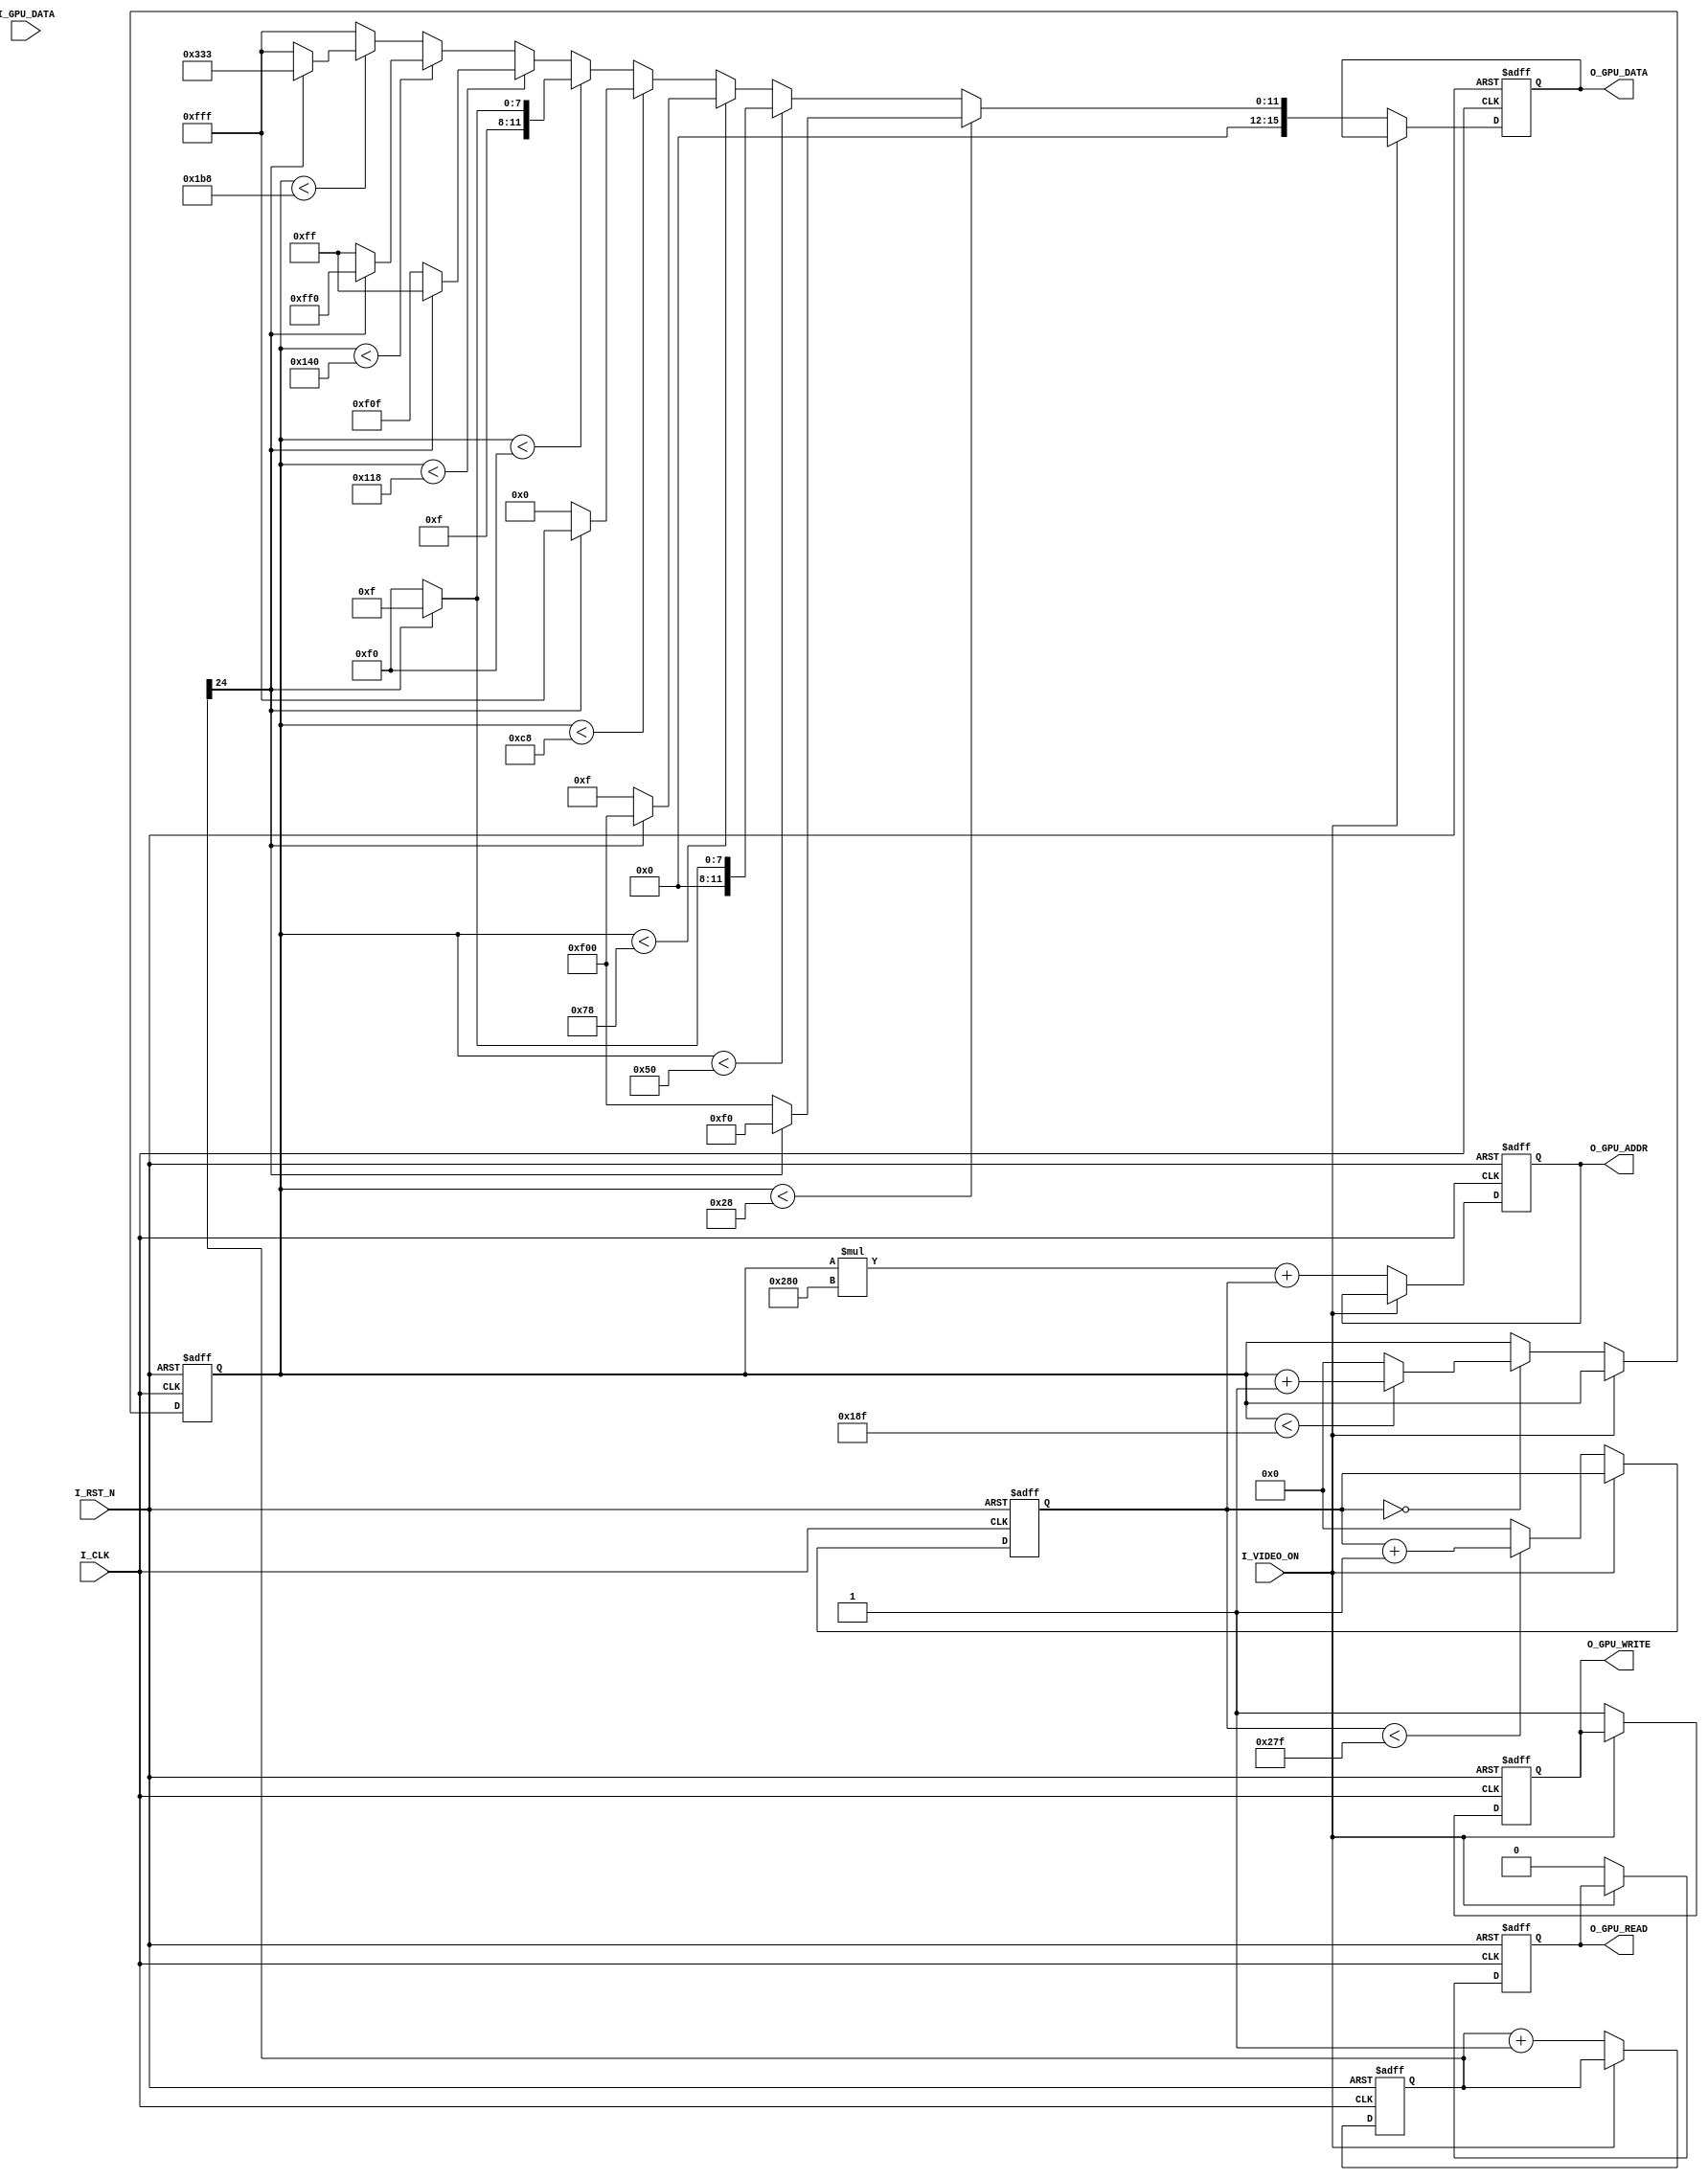
module Gpu (
  I_CLK, 
  I_RST_N,
  I_VIDEO_ON, 
  // GPU-SRAM interface
  I_GPU_DATA, 
  O_GPU_DATA,
  O_GPU_ADDR,
  O_GPU_READ,
  O_GPU_WRITE
);

input	I_CLK;
input I_RST_N;
input	I_VIDEO_ON;

// GPU-SRAM interface
input       [15:0] I_GPU_DATA;
output reg  [15:0] O_GPU_DATA;
output reg  [17:0] O_GPU_ADDR;
output reg         O_GPU_WRITE;
output reg         O_GPU_READ;

/////////////////////////////////////////
// Example code goes here 
//
// ## Note
// It is highly recommended to play with this example code first so that you
// could get familiarized with a set of output ports. By doing so, you would
// get the hang of dealing with vector (graphics) objects in pixel frame.
/////////////////////////////////////////
//
reg [24:0] count;
reg [9:0]  rowInd;
reg [9:0]  colInd;

always @(posedge I_CLK or negedge I_RST_N)
begin
	if (!I_RST_N) begin
		O_GPU_ADDR <= 16'h0000;
		O_GPU_WRITE <= 1'b1;
		O_GPU_READ <= 1'b0;
		O_GPU_DATA <= {4'h0, 4'hF, 4'h0, 4'h0};
		count <= 0;
	end else begin
		if (!I_VIDEO_ON) begin
			count <= count + 1;
			O_GPU_ADDR <= rowInd*640 + colInd;
			O_GPU_WRITE <= 1'b1;
			O_GPU_READ <= 1'b0;
			
      if (rowInd < 40) begin
        if (count[24] == 0) begin
          O_GPU_DATA <= {4'h0, 4'hf, 4'h0, 4'h0};
        end else begin
          O_GPU_DATA <= {4'h0, 4'h0, 4'hf, 4'h0};
        end
      end else if (rowInd < 80) begin
        if (count[24] == 0) begin
          O_GPU_DATA <= {4'h0, 4'h0, 4'hf, 4'h0};
        end else begin
          O_GPU_DATA <= {4'h0, 4'h0, 4'h0, 4'hf};
        end
      end else if (rowInd < 120) begin
        if (count[24] == 0) begin
          O_GPU_DATA <= {4'h0, 4'h0, 4'h0, 4'hf};
        end else begin
          O_GPU_DATA <= {4'h0, 4'hf, 4'h0, 4'h0};
        end
      end else if (rowInd < 200) begin
        if (count[24] == 0) begin
          O_GPU_DATA <= {4'h0, 4'h0, 4'h0, 4'h0};
        end else begin
          O_GPU_DATA <= {4'h0, 4'hf, 4'hf, 4'hf};
        end
      end else if (rowInd < 240) begin
        if (count[24] == 0) begin
          O_GPU_DATA <= {4'h0, 4'hf, 4'hf, 4'h0};
        end else begin
          O_GPU_DATA <= {4'h0, 4'hf, 4'h0, 4'hf};
        end
      end else if (rowInd < 280) begin
        if (count[24] == 0) begin
          O_GPU_DATA <= {4'h0, 4'hf, 4'h0, 4'hf};
        end else begin
          O_GPU_DATA <= {4'h0, 4'h0, 4'hf, 4'hf};
        end
      end else if (rowInd < 320) begin
        if (count[24] == 0) begin
          O_GPU_DATA <= {4'h0, 4'h0, 4'hf, 4'hf};
        end else begin
          O_GPU_DATA <= {4'h0, 4'hf, 4'hf, 4'h0};
        end
      end else if (rowInd < 440) begin
        if (count[24] == 0) begin
          O_GPU_DATA <= {4'h0, 4'hf, 4'hf, 4'hf};
        end else begin
          O_GPU_DATA <= {4'h0, 4'h3, 4'h3, 4'h3};
        end
      end else begin
        O_GPU_DATA <= {4'h0, 4'hf, 4'hf, 4'hf};
      end
		end
	end
end

always @(posedge I_CLK or negedge I_RST_N)
begin
  if (!I_RST_N) begin
    colInd <= 0;
  end else begin
    if (!I_VIDEO_ON) begin
      if (colInd < 639)
        colInd <= colInd + 1;
      else
        colInd <= 0;
    end
  end
end

always @(posedge I_CLK or negedge I_RST_N)
begin
  if (!I_RST_N) begin
    rowInd <= 0;
  end else begin
    if (!I_VIDEO_ON) begin
      if (colInd == 0) begin
        if (rowInd < 399)
          rowInd <= rowInd + 1;
        else
          rowInd <= 0;
      end
    end
  end
end

endmodule